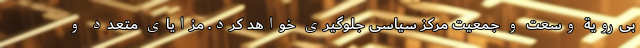
بی‌رویة وسعت و جمعیت مرکز سیاسی جلوگیری خواهد کرد. مزایای متعدد و